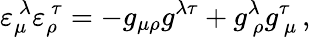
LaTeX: \varepsilon_{\mu}^{\ \lambda}\varepsilon_{\rho}^{\ \tau}=-g_{\mu\rho}g^{\lambda\tau}+g_{\ \rho}^{\lambda}g_{\ \mu}^{\tau}\, ,